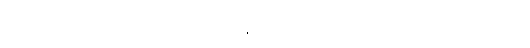
မင်းမြတ်။ ကမ္မာဓိဂ္ဂဟိတဿ၊ အကုသိုလ်ကံနှိပ်စက်သော။ အာယသ္မတော၊ သက်တော်ရှည်သော။